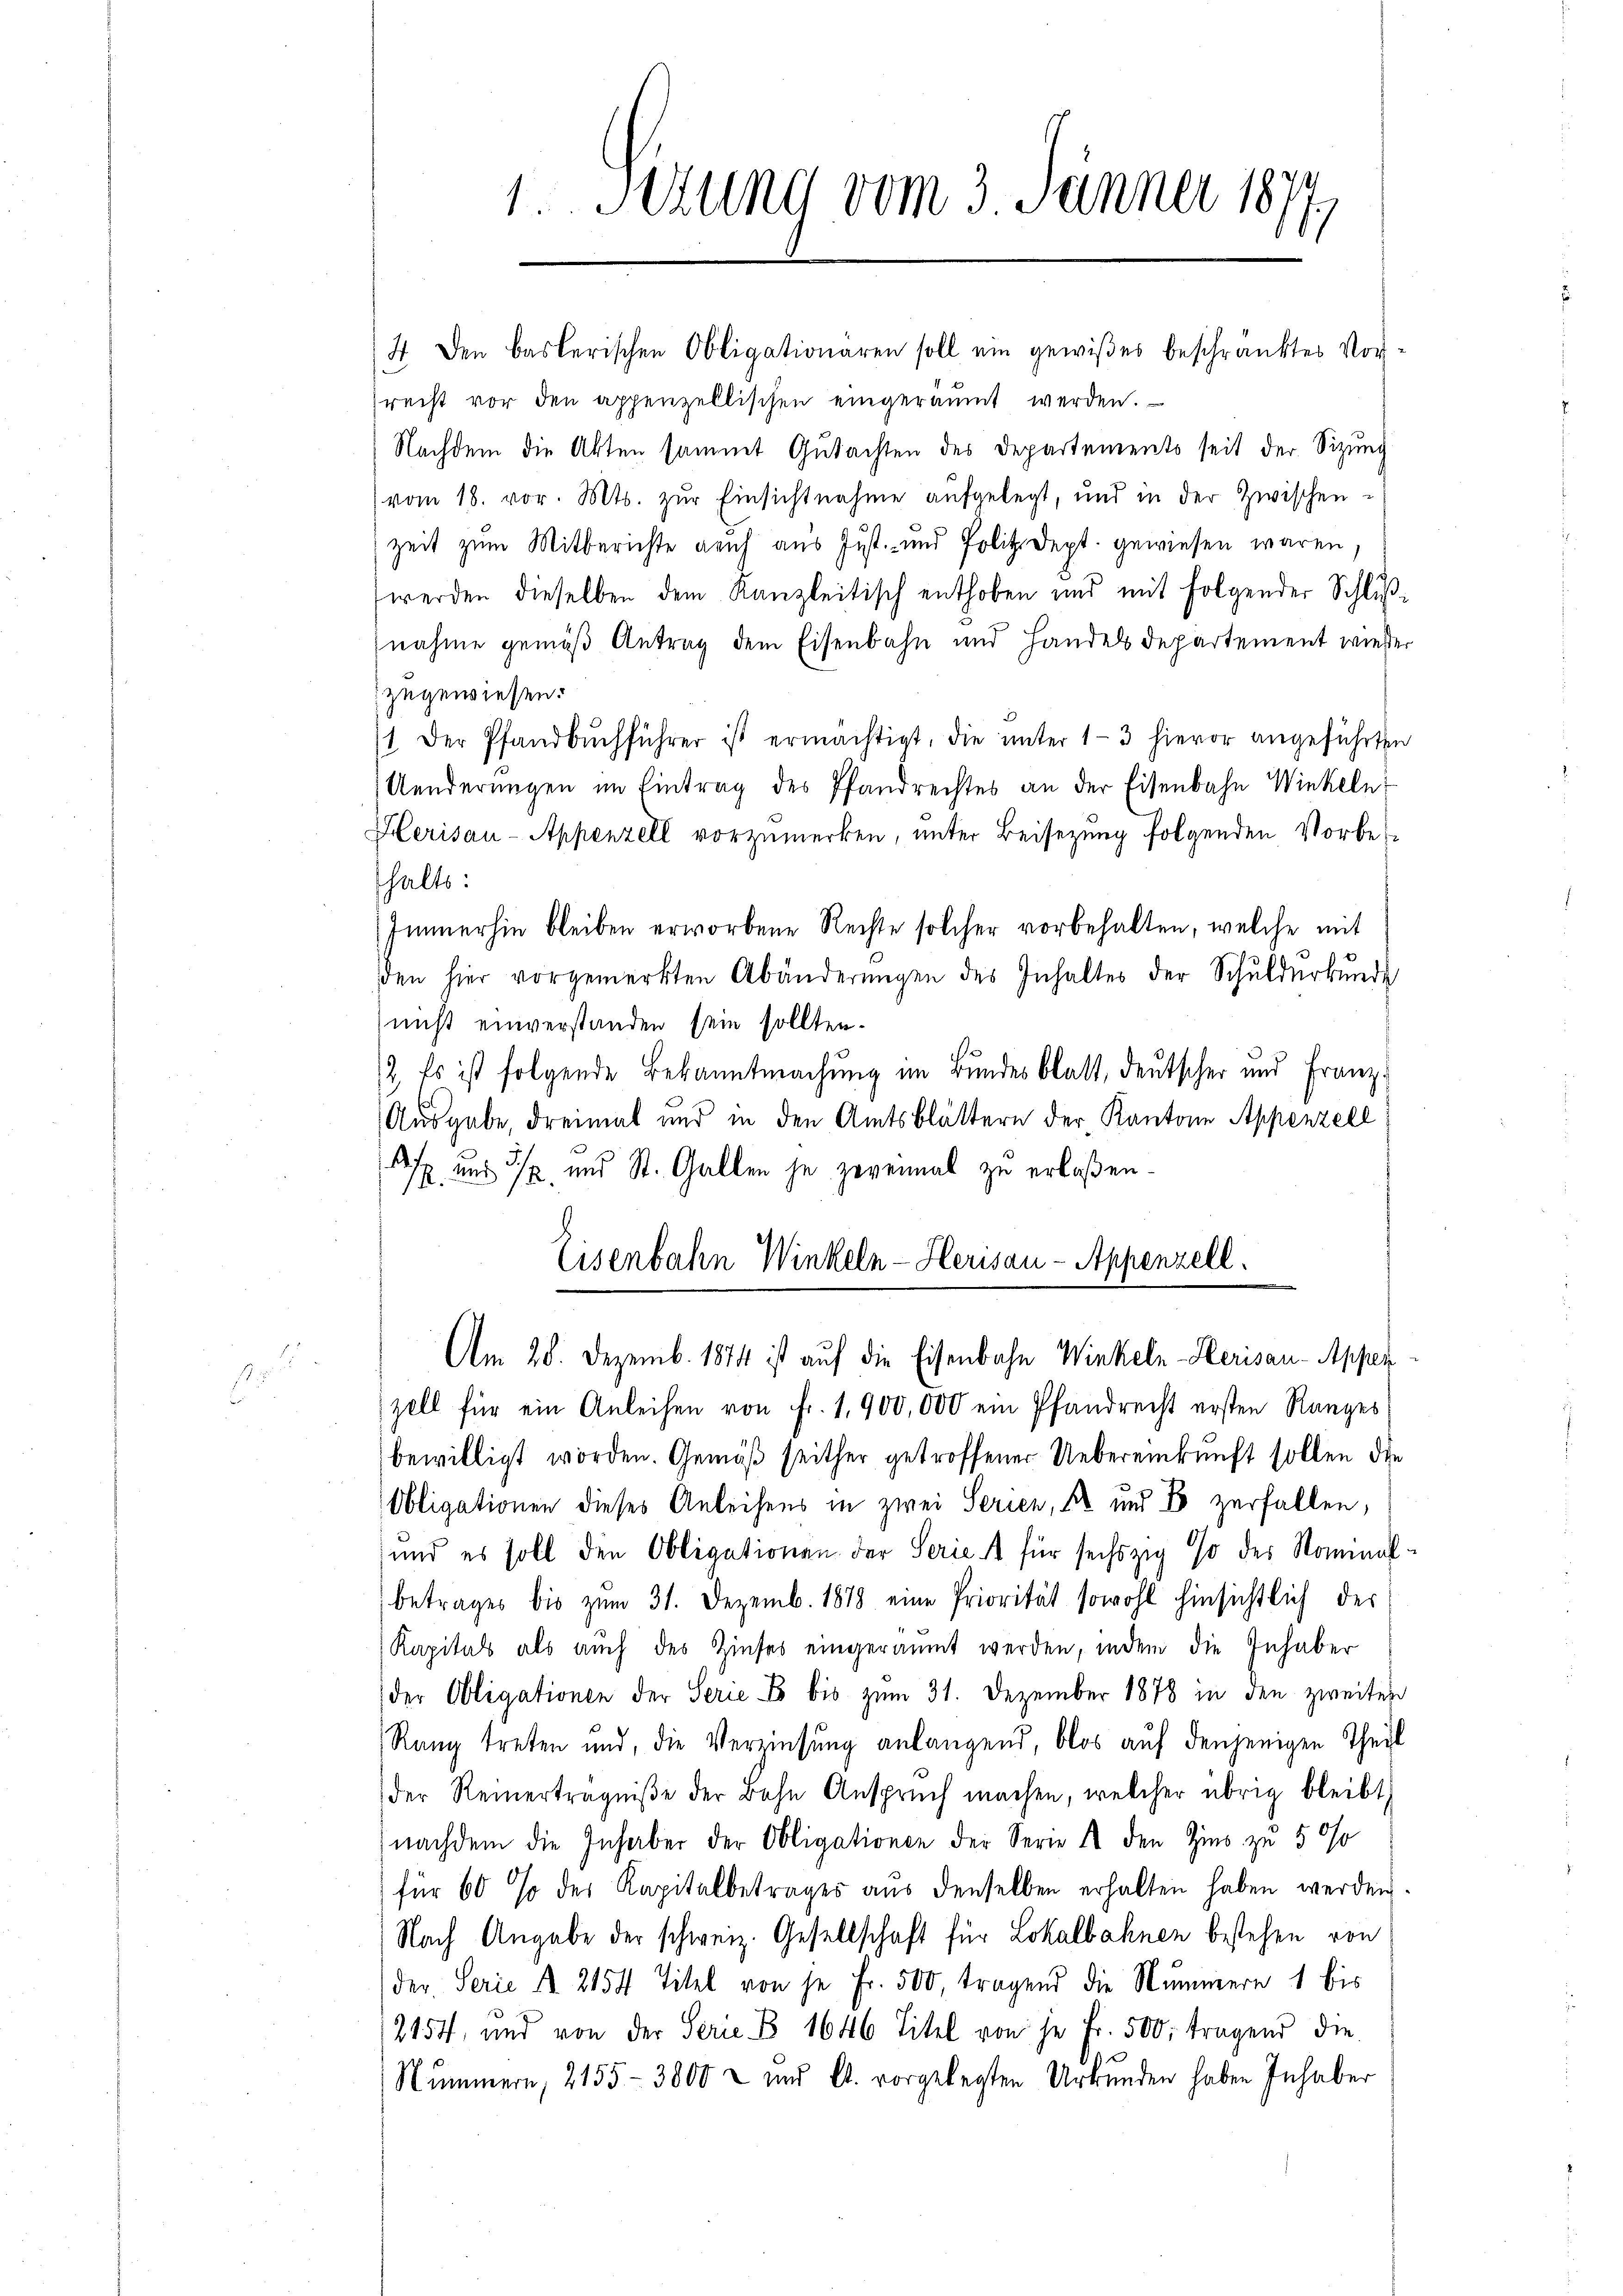
1.Setung vom 3. Jänner 1877.

4. Den Baslerischen Obligationaren soll ein gewißes beschränktes Vorrecht vor den appenzellischen eingeräumt werden.
Nachdem die Akten sammt Gutachten des Departements seit der Sizung
vom 18. vor. Mts. zŭr Einsichtnahme aufgelegt, und in der Zwischen-
zeit zum Mitberichte reich aus Just- und Polit. Sept. gewiesen waren.
werden dieselben dem Kanzleitisch enthoben und mit folgender Schlußnahme gemäß Antrag dem Eisenbahn und Handels Departement wieder
zugewiesen.
1 der Pfandbŭchführer ist ermächtigt, die ŭnter 1-3 hievor angeführten
Aenderŭngen im Eintrag des Pfandrechtes an der Eisenbahn Winkeln
Herisau-Appenzell vorzumerken, unter Beisezung folgenden Vorbethalts:
Immerhin bleiben erworbene Rechte solcher vorbehalten, welche mit
den hier vorgemerkten Abänderŭngen des Inhalter der Schuldurkunde
nicht einverstanden sein sollten.
2. Es ist folgende Bekanntmachung im Bundesblatt, deutscher und Franz.
Ausgabe, dreimat und in den Amtsblättern der Kantone Appenzell
A und 3/p und St. Gallen je zuvernal zu erlaßen.
Eisenbahn Winkeln-Herisau-Appenzell.
Am 28. Dezemb. 1874 ist auf die Eisenbahn Winkeln-Herisau-Appen
zell für ein Anleihen von fr. 1,900,000 ein Pfandrecht ersten Ranges
bewilligt worden. Gemäß seither getroffener Uebereinkunft sollen die
Obligationen dieses Anleihens in zwei Serien, 4 und B zerfallen,
und es soll den Obligationen der Series für sechszig so des Nominal-
betrages bis zŭm 31. Dezemb. 1878 eine Priorität sowohl hinsichtlich der
Kapital als auch des Zinses eingeräumt werden, indem die Inhaber
der Obligationen der Serie. Es bis zum 31. Dezember 1878 in den zweiten
Rang treten und, die Verzinsung anlangend, blos auf denjenigen Theil
der Reinerträgniße der Bahn Anspruch machen, welcher übrig bleibt,
(nachdem die Inhaber der Obligationen der Serie 1 den Zins zu 5 0/0
für 60 % der Kapitalbetrages aus denselben erhalten haben werden.
Nach Angabe der schweiz. Gesellschaft für Lokalbahnen bestehen von
der Serie A 2154 Titel von je Fr. 500, tragend die Nummern 1 bis
2154, und von der Serie B 1646 Titel von je Fr. 500. tragend die
Nummern, 2155-3800 x und C. vorgelegten Urkunden haben Inhaber